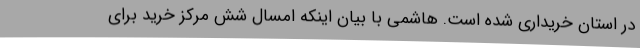
در استان خریداری شده است. هاشمی با بیان اینکه امسال شش مرکز خرید برای